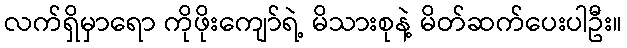
လက်ရှိမှာရော ကိုဖိုးကျော်ရဲ့ မိသားစုနဲ့ မိတ်ဆက်ပေးပါဦး။